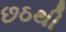
છઠથી